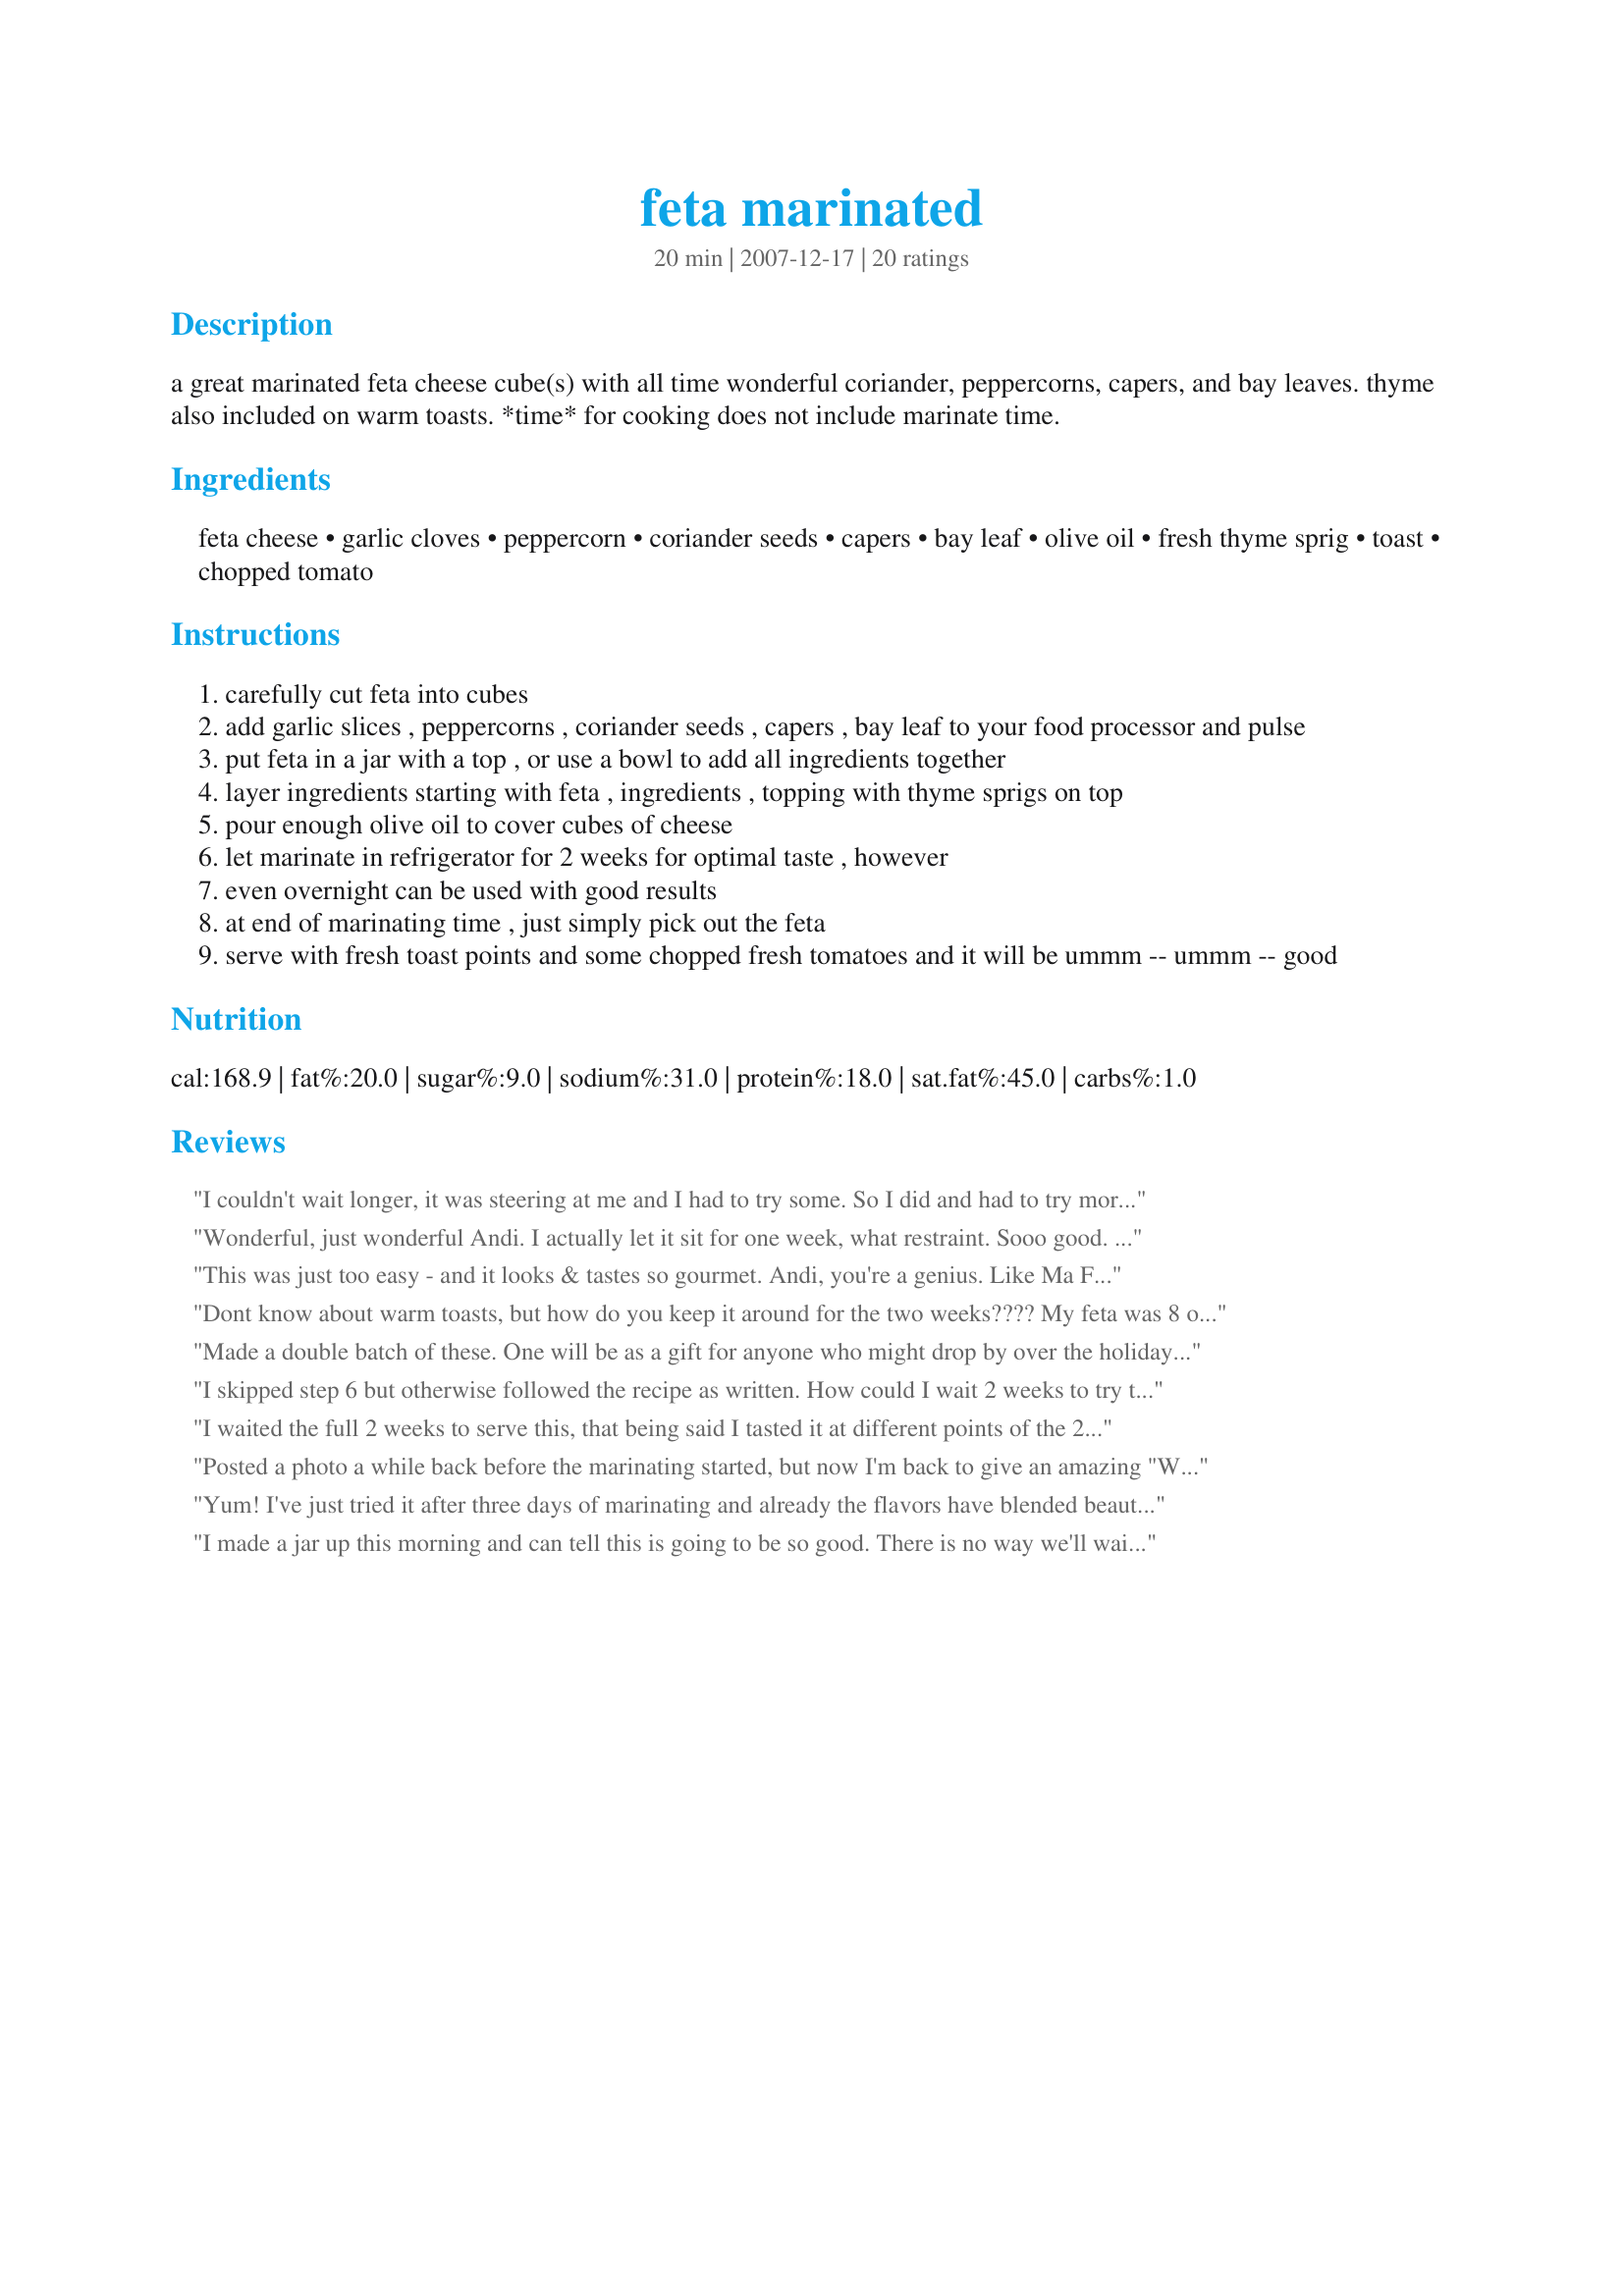
feta marinated
Preparation time: 20 minutes

a great marinated feta cheese cube(s) with all time wonderful coriander, peppercorns, capers, and bay leaves. thyme also included on warm toasts. *time* for cooking does not include marinate time.

Ingredients:
feta cheese, garlic cloves, peppercorn, coriander seeds, capers, bay leaf, olive oil, fresh thyme sprig, toast, chopped tomato

Steps:
carefully cut feta into cubes
add garlic slices , peppercorns , coriander seeds , capers , bay leaf to your food processor and pulse
put feta in a jar with a top , or use a bowl to add all ingredients together
layer ingredients starting with feta , ingredients , topping with thyme sprigs on top
pour enough olive oil to cover cubes of cheese
let marinate in refrigerator for 2 weeks for optimal taste , however
even overnight can be used with good results
at end of marinating time , just simply pick out the feta
serve with fresh toast points and some chopped fresh tomatoes and it will be ummm -- ummm -- good

Reviews:
I couldn't wait longer, it was steering at me and I had to try some. So I did and had to try more.. Oh no! I finished the bottle.. Opps I was meant to share this with Little Miss, don't tell her because I'm making another batch now. Thank you Andi for a yummy way of eating feta.
Wonderful, just wonderful Andi. I actually let it sit for one week, what restraint. Sooo good. I smashed everything with my motar & pestle. My mixture resembled a thick, tasty paste. The flavor is out of this world, just perfect with light toast and sweet grape tomatoes, this made a wonderful lunch today. I plan on having the rest tomorrow in a lovely green salad with sweet onions and cherry tomatoes. Kudos on a great recipe that i plan on sharing with my friends. :)
This was just too easy - and it looks & tastes so gourmet. Andi, you're a genius. Like Ma Field I believe that it is physically impossible to keep this for two weeks before opening, unless you store it in a fridge in your friend's house who lives 4 hours away then go back & pick it up - but I betya they would've eaten it. I am going to make this for Christmas gifts. I used a fresh bay leaf as this is what we have in our garden, the flavours were just yummy. Thanks for posting, made for ZWT4.
Dont know about warm toasts, but how do you keep it around for the two weeks???? My feta was 8 ounces but I left the ingredients stand, since you can't have too much garlic, etc...
MAde for ZWT4 Zingo/ Daffy Daffodils.
Made a double batch of these. One will be as a gift for anyone who might drop by over the holidays or if I visit somewhere. They are both sitting in the fridge aging. They smelled so wonderful when I was making them. I did steal one to sample and it sure tasted really good. I used a mortar and pestle to crush the spices. Can't wait till they are fully ready. They keep looking at me when I open the fridge. Thanks for sharing Andi. Made as a thank you for your great hosting for Holiday Tag '09
I skipped step 6 but otherwise followed the recipe as written. How could I wait 2 weeks to try this? And once I tried the feta, it was so good that it was soon consumed. This recipe is a keeper.
I waited the full 2 weeks to serve this, that being said I tasted it at different points of the 2 weeks. At over night (the least amount of marinating time) it was good with a strong flavor of feta, black pepper and capers. At 1 week, it was very good the flavors softened, so by the 2nd week the flavors all came together and not one over powered the other, it is EXCELLENT. Next time I make this, Iâ€™ll toast those small round pita breads and chop a little bit of the thyme for garnish. I loved this, Thank you a great recipe!
Posted a photo a while back before the marinating started, but now I'm back to give an amazing "WOW" review to this fabulous feta cheese recipe. The flavors just permeate the feta....I really thought I might be eating a peppercorn...prepared to break a tooth....but no, the feta just absorbed the flavor! This is absolutely delicious! Scrumptious! I thought I had my dinner planned for tomorrow, but now I'm going to have fresh pita bread with this wonderful marinated feta, with a few kalamata olives thrown in....thanks so much for sharing this wonderful recipe.
Yum! I've just tried it after three days of marinating and already the flavors have blended beautifully. The olive oil plays a big part in the flavor so I think it's worth using a really good quality one.
I made a jar up this morning and can tell this is going to be so good. There is no way we'll wait for 2 weeks in my home - it'll probably be gone in the next couple of days as we eat a lot of feta. The seasoning is wonderful.
Well, I've let these tasty little morsels set for about 3 days now and have used them in a wonderful Greek salad. So tasty, I imagine they will be so good after 2 weeks! Thank you Andi! I 'preciate you!
Very nice! I don't currently have a food processor (it broke recently) or a mortar & pestle so I put the dry spices in my spice grinder and just chopped the garlic & capers with a knife. I found that once this was in the fridge, the oil turned completely solid - don't know if it's the nature of oil or just my fridge temp (it is an old fridge and runs very cold). When I wanted to try some (after waiting impatiently for the full two weeks!) I had to scoop some out into a dish and microwave briefly to re-liquefy the oil, which also warmed & softened up the cheese a bit - but that was kinda nice, actually! :) I mixed in a few halved grape tomatoes and ate with slices of whole wheat baguette (toasted). Thanks for sharing this recipe Andi!
Absolutely lovely! Simple to make, as well - this would be a perfect gift for a foodie. I can't wait until this has marinated long enough for us to try it on toast with ripe tomatoes. The only change I made was to use an organic extra virgin olive oil with herbs. Thanks so much for the recipe, Andi! And thanks breezermom for putting it in your Best of 2010 recipe book so I could tag it!
Okay, so I've been keeping this like a secret in a fridge in a storeroom!! This is great, Andi. The same type of thing, but not as flavourful, is sold in shops at a high price. I was generous with your flavour additives ... !! I didn't measure, just eyeballed!! Although I used maybe more of your spices and flavours, unfortunately I did not have bay leaves and used some thinly sliced lemon zest instead. It might show up on the photographs and some might wonder what it is! Thank you for a great, simple, delicious recipe!
I just could not wait to try this! It has been marinating for about a week now and it is fantastic! Part of a mezze lunch! Delicious! *Made for Zaar World Tour 4*
What a wonderful appetizer! I made this several days ago and couldn't wait to try it. It did not disappoint! These are so good and full of flavor. Thanks for sharing this wonderful recipe, Andi. Made for ZWT4 for the Tastebud Tickling Travellers.
ZWT4: Easy appy! Flavorful - excellent!!
Superb feta recipe that beats paying a fortune for this at the supermarket. Made exactly as written and done as a video for Zaar World Tour. Thanks Andi for a keeper.
I was SO busy adding bay leaves (for the Herb of the month in the French forum, yes, it is BAY!) to this recipe that I forgot the thyme!! LOL! I did not miss it when I ate this, but the excess feta cheese that I put in the fridge DID have a sprig of thyme added! Phew!! Absolutely delicious and devoured with olives and a slice of fresh toast for supper last night! I used ALL of the ingredients and I cannot wait to have the rest today or tomorrow! Merci Andi, made for BAY, as you will all know by now, the herb of the month in the French forum! FT:-)
I have made this, but the taste test will only be next week! We are having friends for lunch, and this will be gracing the table.

So easy to put-together, I was generous with the marinating ingredients! Now its 'hidden' in the fridge....

Really looking forward to tasting what I can see is going to be a regular..... DH has been Forbidden to taste in advance!

I'll be back.......
